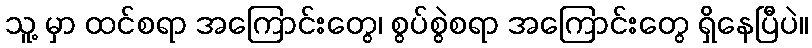
သူ့ မှာ ထင်စရာ အကြောင်းတွေ၊ စွပ်စွဲစရာ အကြောင်းတွေ ရှိနေပြီပဲ။